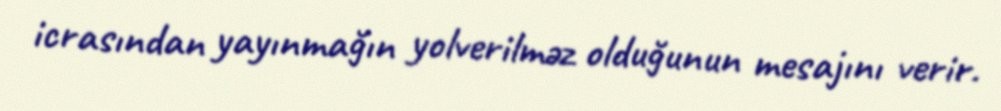
icrasından yayınmağın yolverilməz olduğunun mesajını verir.